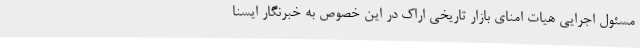
مسئول اجرایی هیات امنای بازار تاریخی اراک در این خصوص به خبرنگار ایسنا